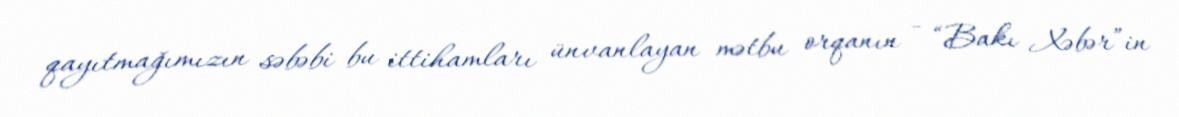
qayıtmağımızın səbəbi bu ittihamları ünvanlayan mətbu orqanın - “Bakı Xəbər”in